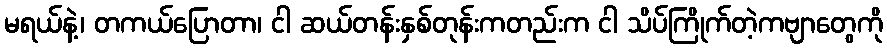
မရယ်နဲ့၊ တကယ်ပြောတာ၊ ငါ ဆယ်တန်းနှစ်တုန်းကတည်းက ငါ သိပ်ကြိုက်တဲ့ကဗျာတွေကို